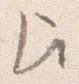
被